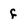
Character: f